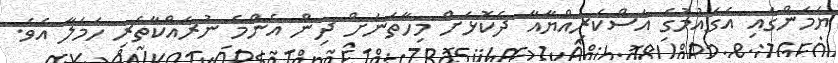
ޔަމަންގައި އެގައުމުގެ އަސްކަރިއްޔާއާ ދެކޮޅަށް މިހާތަނަށް ދިން އެންމެ ނުރައްކާތެރި ހަމަލާ އެވެ.